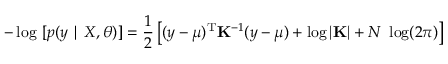
- \log \ [ p ( \boldsymbol { y } \mid \boldsymbol { X } , \theta ) ] = \frac { 1 } { 2 } \left[ ( \boldsymbol { y } - \boldsymbol { \mu } ) ^ { \mathrm { T } } \mathbf { K } ^ { - 1 } ( \boldsymbol { y } - \boldsymbol { \mu } ) + \log | \mathbf { K } | + N \ \log ( 2 \pi ) \right]